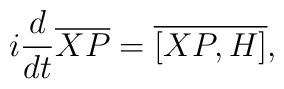
i\frac{d}{dt} \overline {XP}=\overline {[XP,H]},